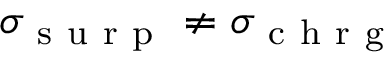
\sigma _ { \mathrm { ~ s ~ u ~ r ~ p ~ } } \neq \sigma _ { \mathrm { ~ c ~ h ~ r ~ g ~ } }